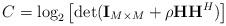
LaTeX: \begin{align*}C=\log_2\left[\det(\mathbf{I}_{M\times M} +\rho\mathbf{H}\mathbf{H}^H)\right]\end{align*}